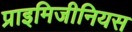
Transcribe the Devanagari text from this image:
प्राइमिजीनियस